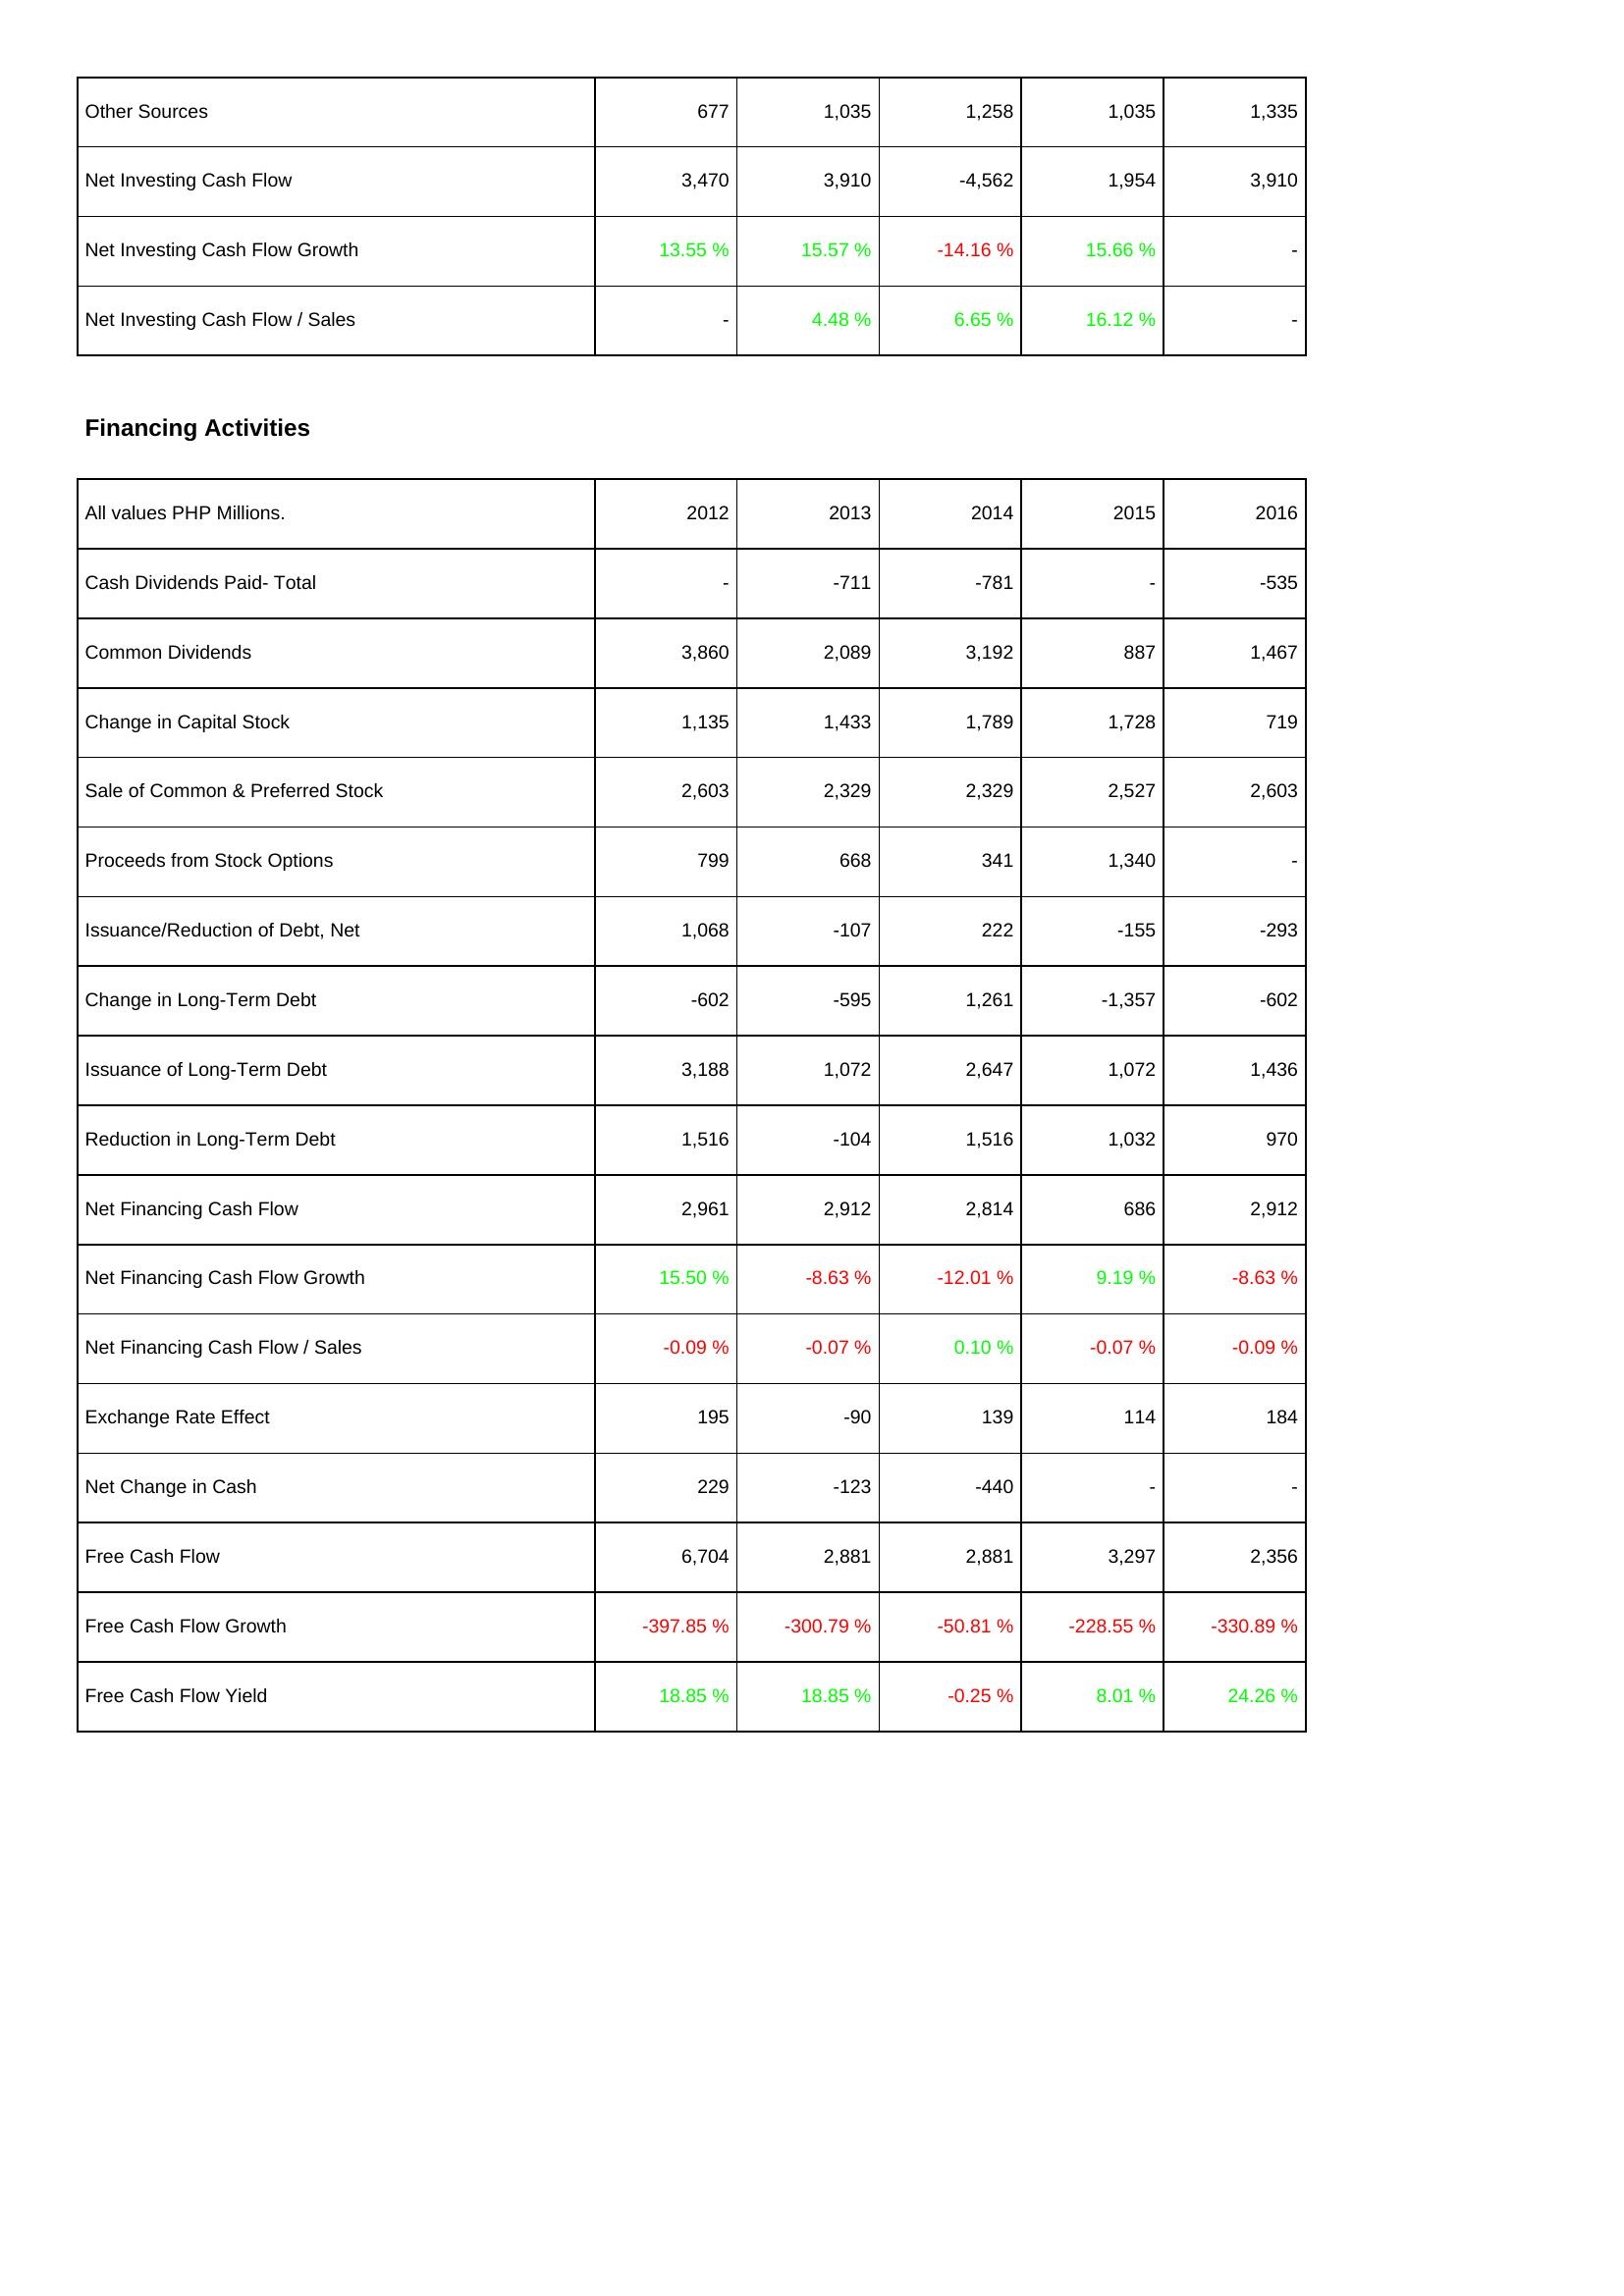
2012: Investing Activities: Other Sources: 677
Net Investing Cash Flow: 3,470
Net Investing Cash Flow Growth: 13.55 %
Net Investing Cash Flow / Sales: -
Financing Activities: Cash Dividends Paid- Total: -
Common Dividends: 3,860
Change in Capital Stock: 1,135
Sale of Common & Preferred Stock: 2,603
Proceeds from Stock Options: 799
Issuance/Reduction of Debt, Net: 1,068
Change in Long-Term Debt: -602
Issuance of Long-Term Debt: 3,188
Reduction in Long-Term Debt: 1,516
Net Financing Cash Flow: 2,961
Net Financing Cash Flow Growth: 15.50 %
Net Financing Cash Flow / Sales: -0.09 %
Exchange Rate Effect: 195
Net Change in Cash: 229
Free Cash Flow: 6,704
Free Cash Flow Growth: -397.85 %
Free Cash Flow Yield: 18.85 %
2013: Investing Activities: Other Sources: 1,035
Net Investing Cash Flow: 3,910
Net Investing Cash Flow Growth: 15.57 %
Net Investing Cash Flow / Sales: 4.48 %
Financing Activities: Cash Dividends Paid- Total: -711
Common Dividends: 2,089
Change in Capital Stock: 1,433
Sale of Common & Preferred Stock: 2,329
Proceeds from Stock Options: 668
Issuance/Reduction of Debt, Net: -107
Change in Long-Term Debt: -595
Issuance of Long-Term Debt: 1,072
Reduction in Long-Term Debt: -104
Net Financing Cash Flow: 2,912
Net Financing Cash Flow Growth: -8.63 %
Net Financing Cash Flow / Sales: -0.07 %
Exchange Rate Effect: -90
Net Change in Cash: -123
Free Cash Flow: 2,881
Free Cash Flow Growth: -300.79 %
Free Cash Flow Yield: 18.85 %
2014: Investing Activities: Other Sources: 1,258
Net Investing Cash Flow: -4,562
Net Investing Cash Flow Growth: -14.16 %
Net Investing Cash Flow / Sales: 6.65 %
Financing Activities: Cash Dividends Paid- Total: -781
Common Dividends: 3,192
Change in Capital Stock: 1,789
Sale of Common & Preferred Stock: 2,329
Proceeds from Stock Options: 341
Issuance/Reduction of Debt, Net: 222
Change in Long-Term Debt: 1,261
Issuance of Long-Term Debt: 2,647
Reduction in Long-Term Debt: 1,516
Net Financing Cash Flow: 2,814
Net Financing Cash Flow Growth: -12.01 %
Net Financing Cash Flow / Sales: 0.10 %
Exchange Rate Effect: 139
Net Change in Cash: -440
Free Cash Flow: 2,881
Free Cash Flow Growth: -50.81 %
Free Cash Flow Yield: -0.25 %
2015: Investing Activities: Other Sources: 1,035
Net Investing Cash Flow: 1,954
Net Investing Cash Flow Growth: 15.66 %
Net Investing Cash Flow / Sales: 16.12 %
Financing Activities: Cash Dividends Paid- Total: -
Common Dividends: 887
Change in Capital Stock: 1,728
Sale of Common & Preferred Stock: 2,527
Proceeds from Stock Options: 1,340
Issuance/Reduction of Debt, Net: -155
Change in Long-Term Debt: -1,357
Issuance of Long-Term Debt: 1,072
Reduction in Long-Term Debt: 1,032
Net Financing Cash Flow: 686
Net Financing Cash Flow Growth: 9.19 %
Net Financing Cash Flow / Sales: -0.07 %
Exchange Rate Effect: 114
Net Change in Cash: -
Free Cash Flow: 3,297
Free Cash Flow Growth: -228.55 %
Free Cash Flow Yield: 8.01 %
2016: Investing Activities: Other Sources: 1,335
Net Investing Cash Flow: 3,910
Net Investing Cash Flow Growth: -
Net Investing Cash Flow / Sales: -
Financing Activities: Cash Dividends Paid- Total: -535
Common Dividends: 1,467
Change in Capital Stock: 719
Sale of Common & Preferred Stock: 2,603
Proceeds from Stock Options: -
Issuance/Reduction of Debt, Net: -293
Change in Long-Term Debt: -602
Issuance of Long-Term Debt: 1,436
Reduction in Long-Term Debt: 970
Net Financing Cash Flow: 2,912
Net Financing Cash Flow Growth: -8.63 %
Net Financing Cash Flow / Sales: -0.09 %
Exchange Rate Effect: 184
Net Change in Cash: -
Free Cash Flow: 2,356
Free Cash Flow Growth: -330.89 %
Free Cash Flow Yield: 24.26 %